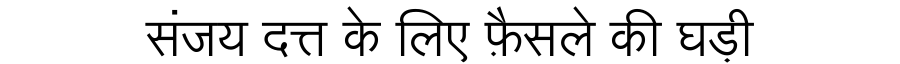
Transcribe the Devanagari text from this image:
संजय दत्त के लिए फ़ैसले की घड़ी